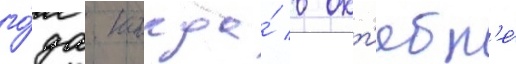
го́да. когда́ в окт'ябр'е́